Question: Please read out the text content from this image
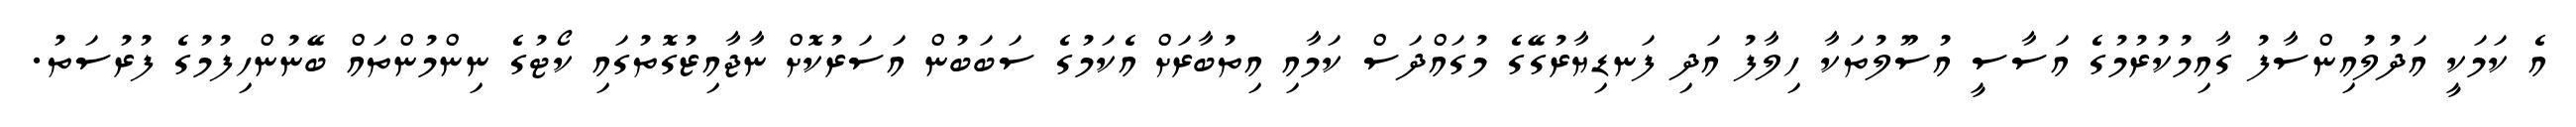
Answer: އެ ކަމަކީ އަދުލުއިންސާފު ގާއިމުކުރުމުގެ އަސާސީ އުސޫލުތަކާ ހިލާފު އަދި ފަނޑިޔާރުގޭގެ މުގައްދަސް ކަމާއި އިތުބާރަށް އެކަމުގެ ސަބަބުން އަސަރުކޮށް ނާޖާއިޒުގޮތުގައި ކޯޓުގެ ނިންމުންތައް ބޭނުންހިފުމުގެ ފުރުސަތު.